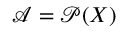
{ \mathcal { A } } = { \mathcal { P } } ( X )